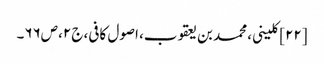
[۲۲] کلینی، محمد بن یعقوب، اصول کافی، ج۲، ص۶۶۔